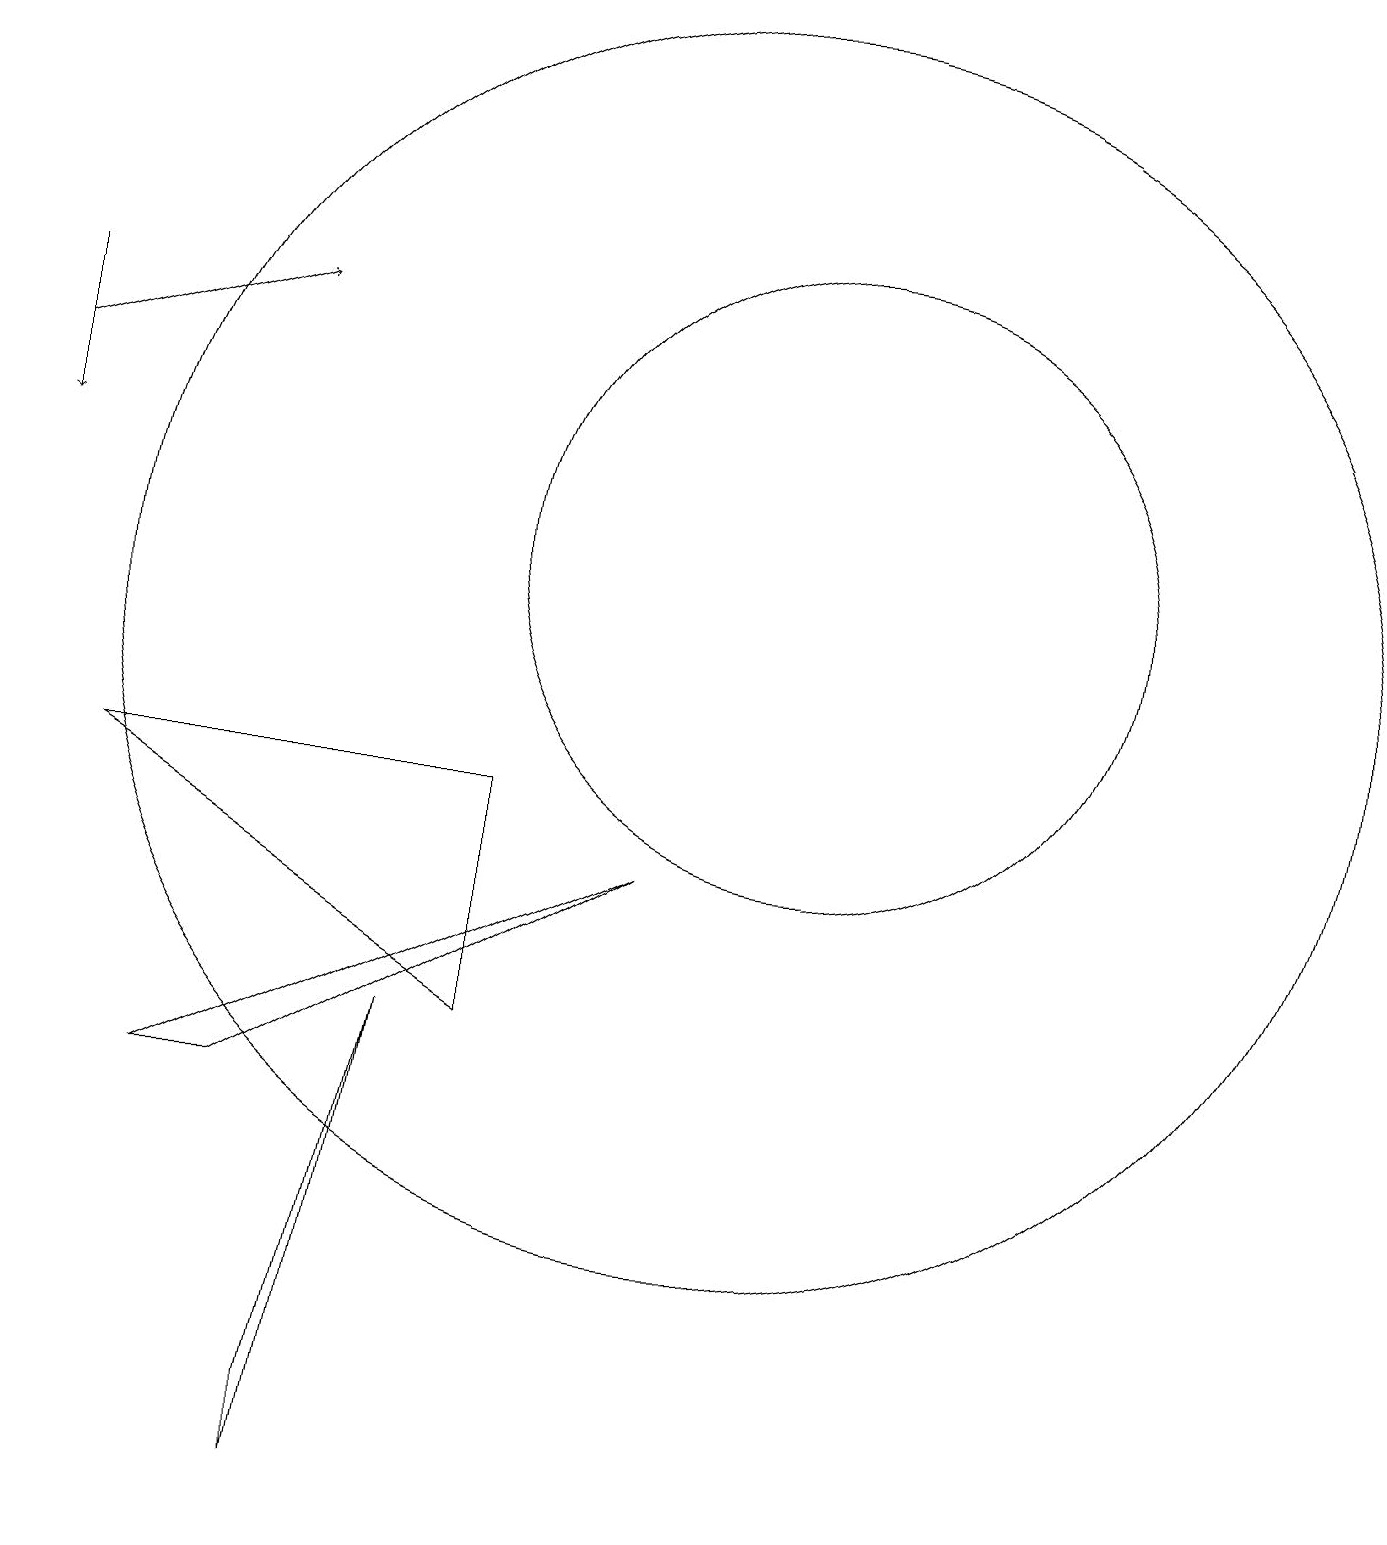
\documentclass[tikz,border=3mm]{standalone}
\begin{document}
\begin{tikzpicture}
\draw (10,11) circle (8);
\draw[->] (1,15) -- (1,13);
\draw[->] (1,14) -- (4,15);
\draw (9,8) -- (3,5) -- (4,5) -- cycle;
\draw (5,1) -- (5,0) -- (6,6) -- cycle;
\draw (7,9) -- (2,9) -- (7,6) -- cycle;
\draw (11,10) circle (0);
\draw (11,12) circle (4);
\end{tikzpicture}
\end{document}